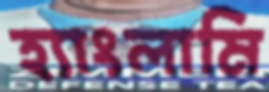
হ্যাংলামি